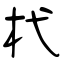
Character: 杙